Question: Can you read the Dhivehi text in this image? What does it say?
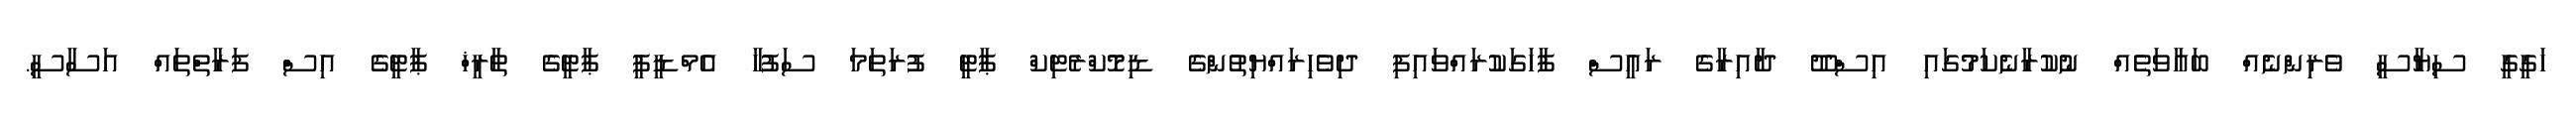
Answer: ހަގީގީ ސިޔާސީ ވެރިންނެއް ބަޣާވަތެއް ނުކުރާނެކަމުގައި އިސްދޫ ދާއިރާގެ ރައީސް ފާހަގަކުރައްވައިފި ދިވެހިރައްޔިތުންގެ ޑިމޮކްރެޓިކް ޕާޓީ ފުރަތަމަ ސަފުހާ އެމްޑީޕީ ޕާޓީގެ ތާރީޚް ޕާޓީގެ އިސް ފަރާތްތައް އަސާސީ.